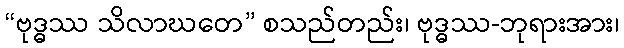
“ဗုဒ္ဓဿ သိလာဃတေ” စသည်တည်း၊ ဗုဒ္ဓဿ-ဘုရားအား၊